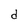
Character: d